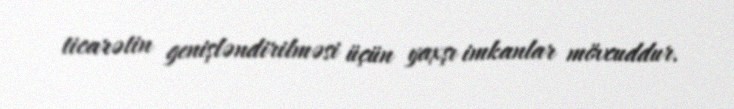
ticarətin genişləndirilməsi üçün yaxşı imkanlar mövcuddur.